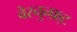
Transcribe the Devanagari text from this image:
वेरनुन्फ़्ट